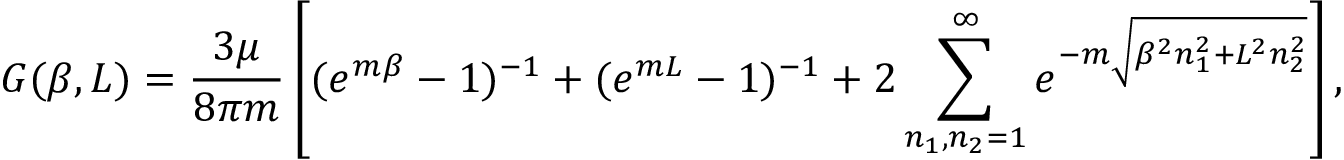
G ( \beta , L ) = \frac { 3 \mu } { 8 \pi m } \left[ ( e ^ { m \beta } - 1 ) ^ { - 1 } + ( e ^ { m L } - 1 ) ^ { - 1 } + 2 \sum _ { n _ { 1 } , n _ { 2 } = 1 } ^ { \infty } e ^ { - m \sqrt { \beta ^ { 2 } n _ { 1 } ^ { 2 } + L ^ { 2 } n _ { 2 } ^ { 2 } } } \right] ,